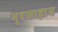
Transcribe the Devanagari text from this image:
नूरजाहान